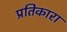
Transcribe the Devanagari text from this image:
प्रतिकारा